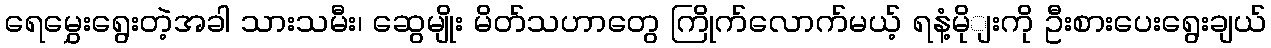
ရေမွှေးရွေးတဲ့အခါ သားသမီး၊ ဆွေမျိုး မိတ်သဟာတွေ ကြိုက်လောက်မယ့် ရနံ့မိုျးကို ဦးစားပေးရွေးချယ်